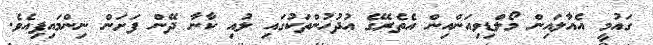
ގައުމީ އެއާލައިން މޯލްޑިވިއަންއިން އެތެެރޭގެ އުދުހުންތަކުގައި ލުއި ކާނާ ދޭން ފަށަން ނިންމައިފިއެވެ.